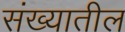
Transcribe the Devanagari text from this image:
संख्यातील